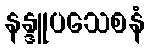
နန္ဒူပသေစနံ